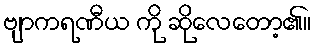
ဗျာကရဏီယ ကို ဆိုလေတော့၏။